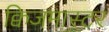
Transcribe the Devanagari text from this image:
क्विजमास्टर